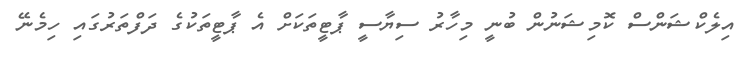
އިލެކްޝަންސް ކޮމިޝަނުން ބުނީ މިހާރު ސިޔާސީ ޕާޓީތަކަށް އެ ޕާޓީތަކުގެ ދަފްތަރުގައި ހިމެނޭ